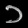
Digit: ၁